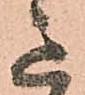
意